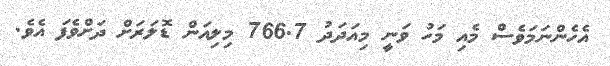
އެހެންނަމަވެސް މެއި މަހު ވަނީ މިއަދަދު 766.7 މިލިއަން ޑޮލަރަށް ދަށްވެފަ އެވެ.